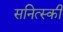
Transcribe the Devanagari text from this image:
सनित्स्की